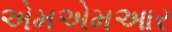
એમએમઆર